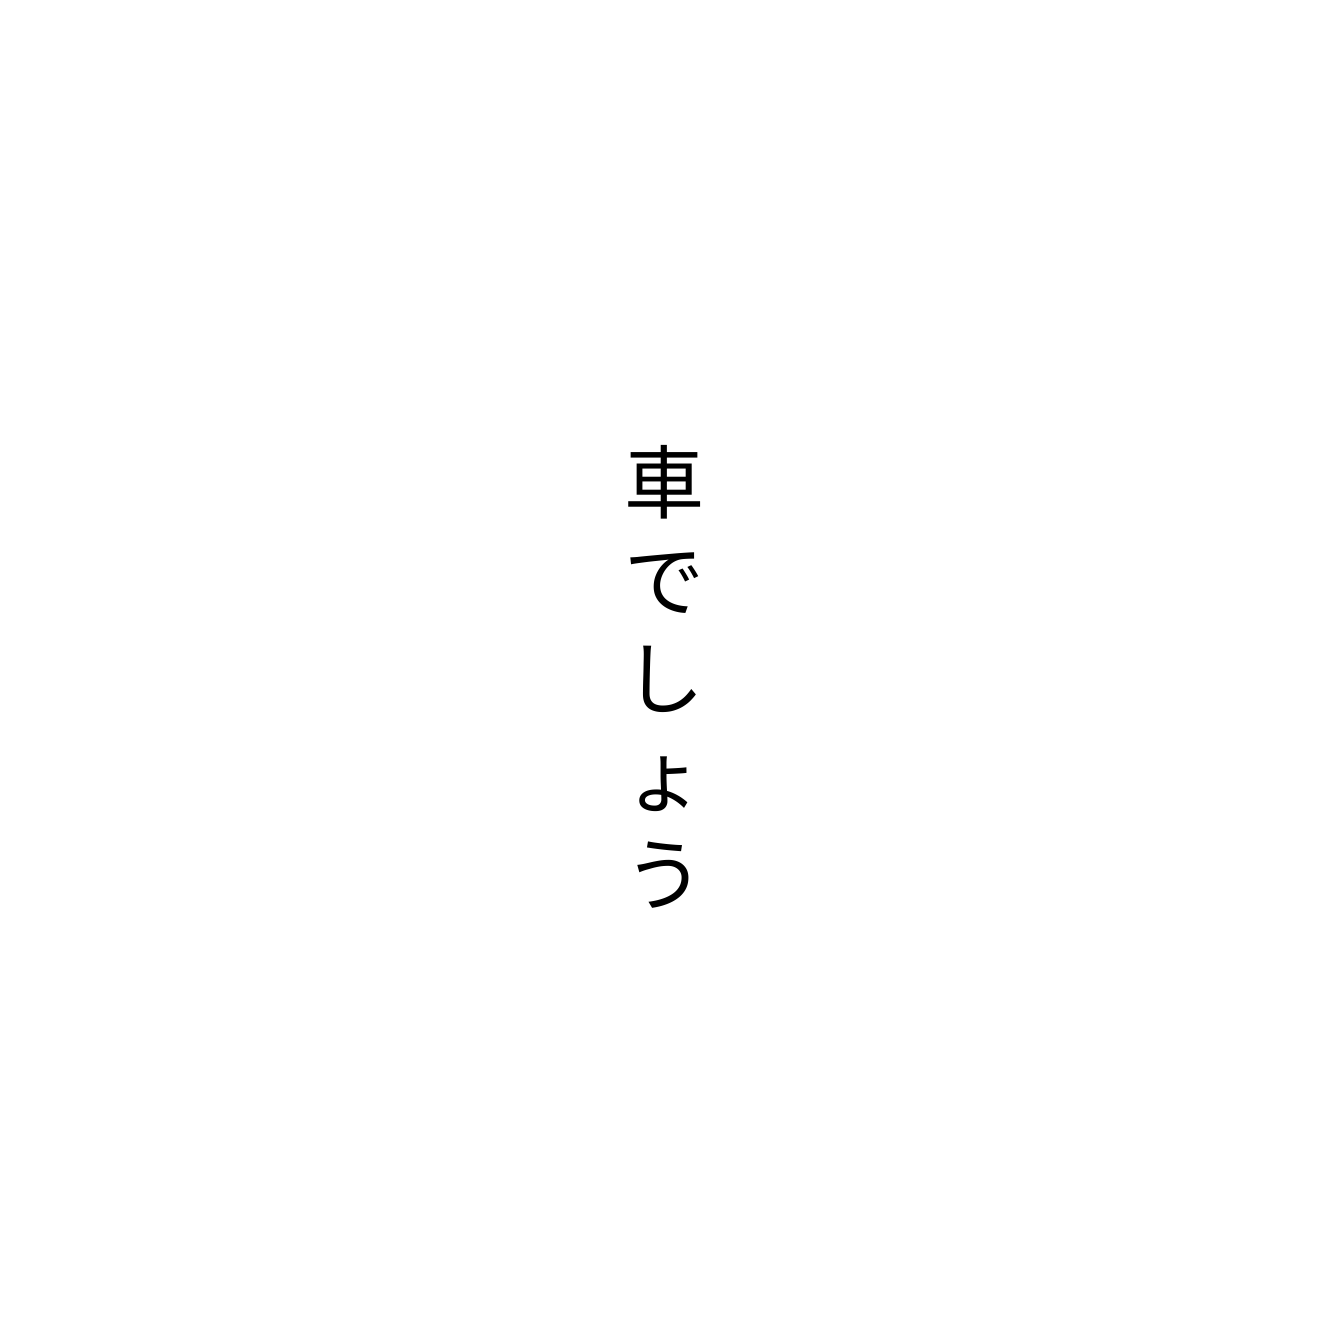
車でしょう